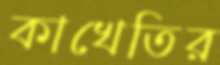
কাখেতির